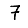
Digit: 7